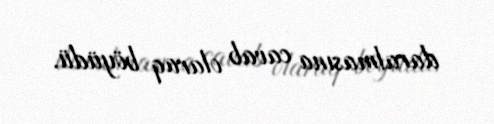
daralmasına cavab olaraq böyüdü.